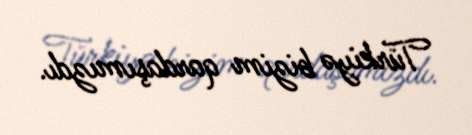
Türkiyə bizim qardaşımızdı.